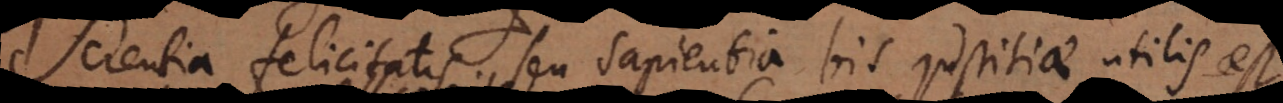
Scientia felicitatis seu sapientia bis justitiae utilis est